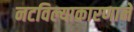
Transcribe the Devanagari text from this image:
नटविल्याकारणाने